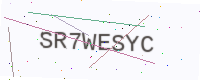
Text: SR7WESYC